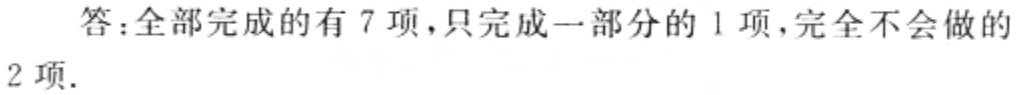
答：全部完成的有 7 项，只完成一部分的 1 项，完全不会做的 2 项.